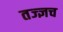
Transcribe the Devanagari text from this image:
तज्ज्ञच